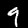
Label: 9